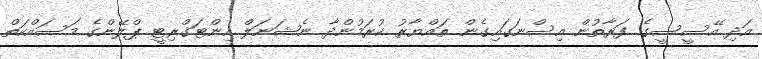
އަދި އޭސީސީގެ ފަރާތުން އިސްނަގައިގެން ތައްޔާރު ކުރަމުންދާ ނެޝަނަލް އިންޓަގްރިޓީ ޕްލޭންގެ މަސައްކަތް